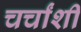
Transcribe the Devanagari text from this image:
चर्चांशी